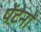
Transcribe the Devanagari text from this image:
पेंटेनों